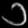
Digit: ၁